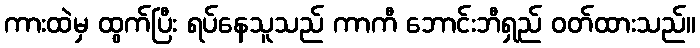
ကားထဲမှ ထွက်ပြီး ရပ်နေသူသည် ကာကီ ဘောင်းဘီရှည် ဝတ်ထားသည်။